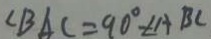
\angle B A C = 9 0 ^ { \circ } - \angle A B C